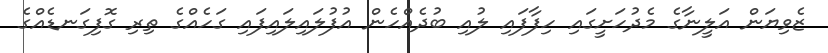
ޒެވިޔަން އަލީނާގެ މެދުހަށީގައި ހިފާފައި ލުއި ބުދެއްހެން އުފުލައިލައިފައި ގަހެއްގެ ތިރި ގޮފިގަނޑެއްގެ